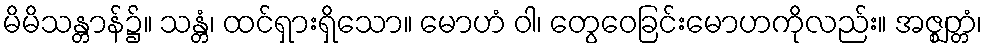
မိမိသန္တာန်၌။ သန္တံ၊ ထင်ရှားရှိသော။ မောဟံ ဝါ၊ တွေဝေခြင်းမောဟကိုလည်း။ အဇ္ဈတ္တံ၊